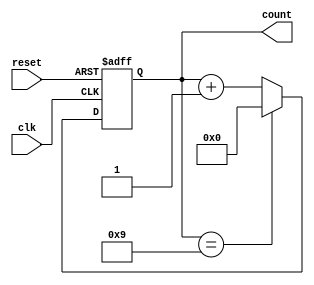
module DecadeCounter(
    input wire clk,      // Clock signal
    input wire reset,    // Asynchronous reset signal
    output reg [3:0] count // 4-bit output to represent the count
);

// Asynchronous reset and counter logic
always @(posedge clk or posedge reset) begin
    if (reset) begin
        count <= 4'b0000; // Reset count to 0
    end else begin
        if (count == 4'b1001) begin
            count <= 4'b0000; // Reset to 0 when count reaches 9
        end else begin
            count <= count + 1; // Increment count
        end
    end
end

endmodule